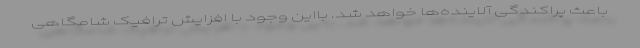
باعث پراکندگی آلاینده‌ها خواهد شد. بااین وجود با افزایش ترافیک شامگاهی